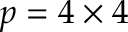
p = 4 \times 4